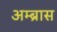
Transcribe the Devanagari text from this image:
अम्ब्रास